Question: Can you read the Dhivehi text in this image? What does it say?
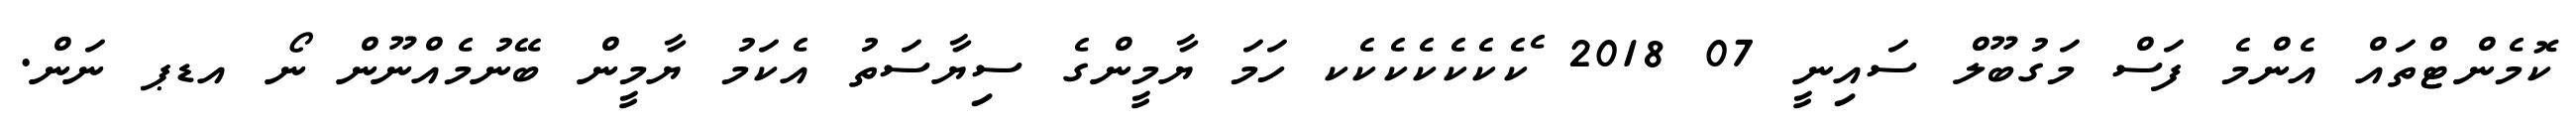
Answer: ކޮމެންޓްތައް އެންމެ ފަސް މަގުބޫލް ސައިނީ 07 2018 ެކެކެކެކެކެކެކ ހަމަ ޔާމީންގެ ސިޔާސަތު އެކަމު ޔާމީން ބޭނުމެއްނޫން ނޯ އޑޕ ނަން.